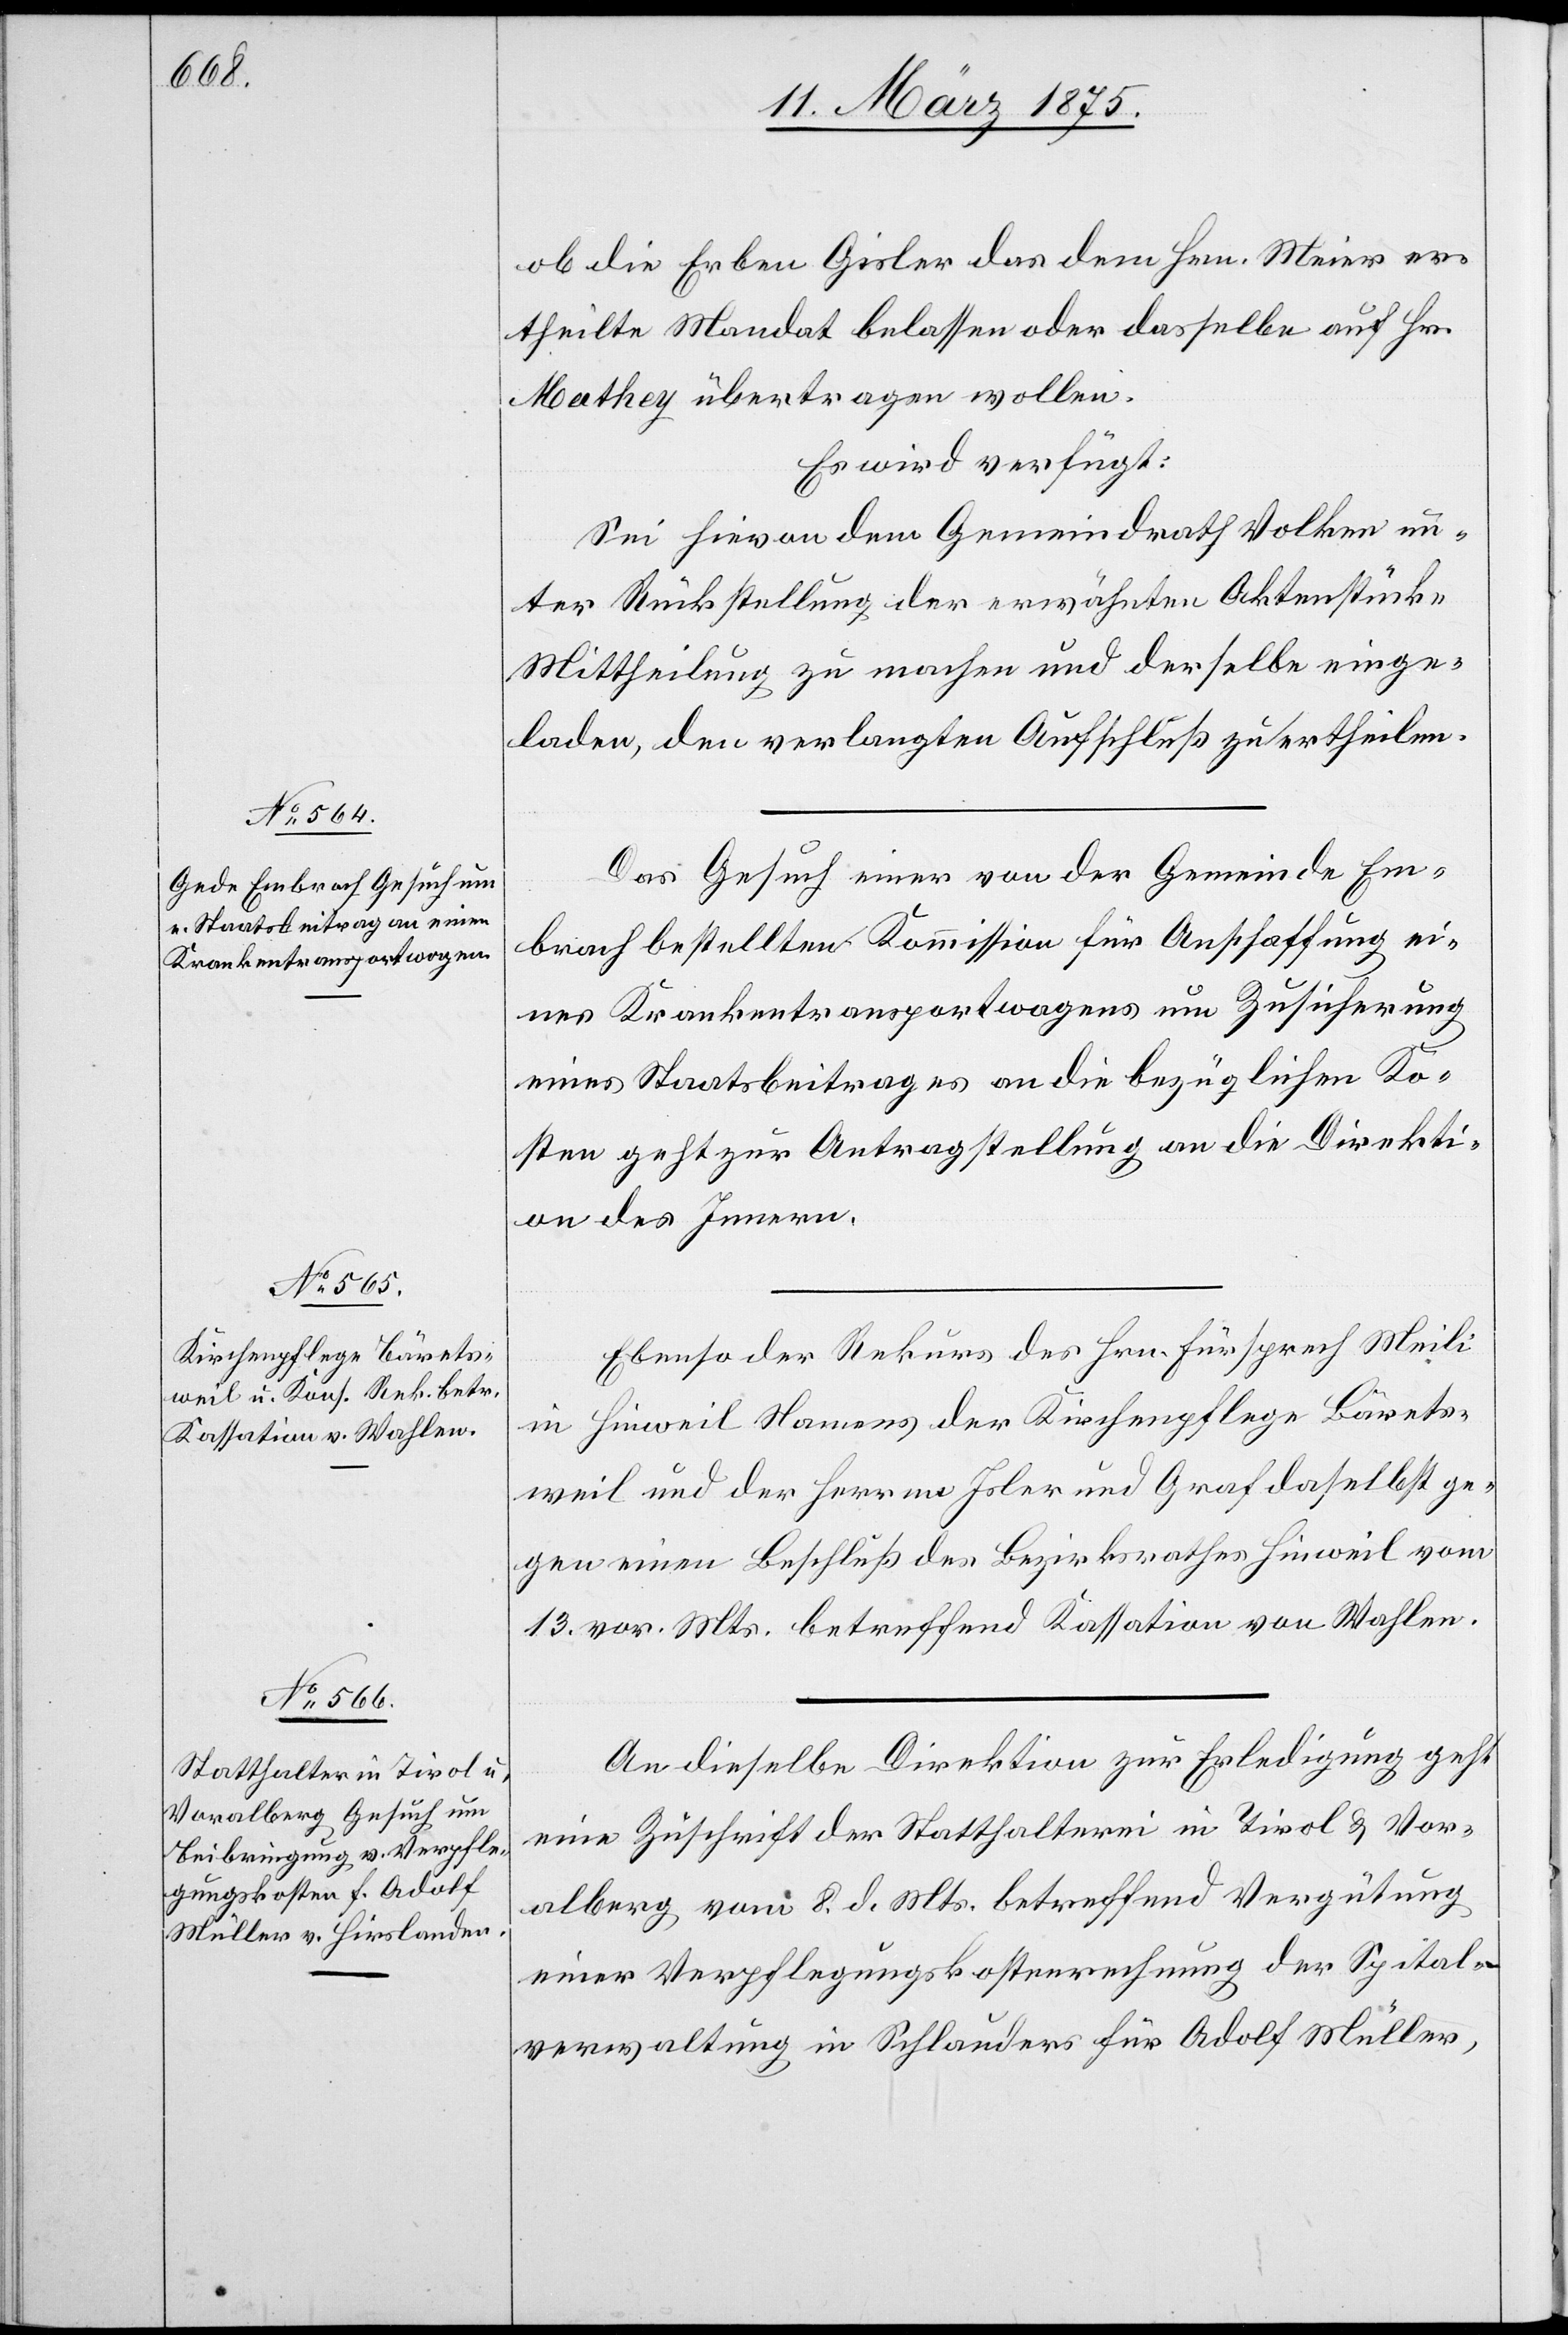
11. März 1875.]
ob die Erben Gisler das dem Hrn. Meier er¬
theilte Mandat belassen oder dasselbe auf Hrn.
Mathey übertragen wollen.
Es wird verfügt:
Sei hievon dem Gemeindrath Volken un¬
ter Rückstellung der erwähnten Aktenstücke
Mittheilungen zu machen und derselbe einge¬
laden, den verlangten Aufschluß zu ertheilen.
Das Gesuch einer von der Gemeinde Em¬
brach bestellten Kommission für Anschaffung ei¬
nes Krankentransportwagen um Zusicherung
eines Staatsbeitrages an die bezüglichen Ko¬
sten geht zur Antragsstellung an die Direkti¬
on des Innern.
Ebenso der Rekurs des Hrn. Fürsprech Meili
in Hinweil Namens der Kirchenpflege Bärets¬
weil und der Herren Joler und Graf daselbst ge¬
gen einen Beschluß des Bezirksrathes Hinweil vom
13. vor. Mts. betreffend Kassation von Wahlen.
An dieselbe Direktion zur Erledigung geht
eine Zuschrift der Statthalterei in Tirol & Vor¬
arlberg, vom 8. d. Mts. betreffend Vergütung
einer Verpflegungskostenrechnung der Spital¬
verwaltung in Schlauders für Adolf Müller,